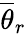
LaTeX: \overline{{\theta}}_{r}